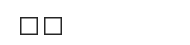
٦٨